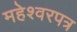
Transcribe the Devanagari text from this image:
महेश्वरपत्र